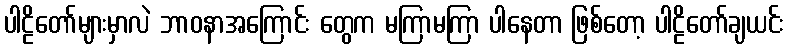
ပါဠိတော်များမှာလဲ ဘာဝနာအကြောင်း တွေက မကြာမကြာ ပါနေတာ ဖြစ်တော့ ပါဠိတော်ချယင်း